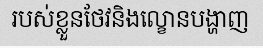
របស់ខ្លួនថែវនិងល្ខោនបង្ហាញ